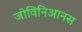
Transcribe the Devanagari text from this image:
जोविनिआनस